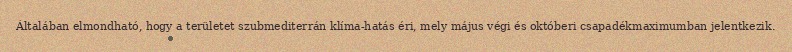
Általában elmondható, hogy a területet szubmediterrán klíma-hatás éri, mely május végi és októberi csapadékmaximumban jelentkezik.